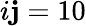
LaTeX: i\mathbf{j}=10